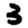
Digit: 3